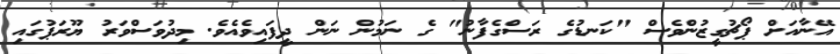
އޭނާއަށް ޕޯޗުގީޒުންވެސް "ކަނޑުގެ ރަސްގެފާނު" ގެ ނަމުން ނަން ދީފައިވެއެވެ. މިދުވަސްވަރު ޔޫރަޕުގައި